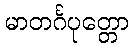
မာတင်္ဂပုတ္တော